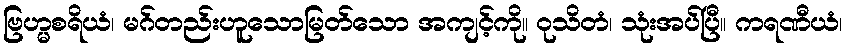
ဗြဟ္မစရိယံ၊ မဂ်တည်းဟူသောမြတ်သော အကျင့်ကို။ ဝုသိတံ၊ သုံးအပ်ပြီ။ ကရဏီယံ၊